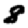
Digit: 8